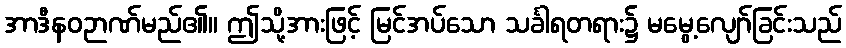
အာဒီနဝဉာဏ်မည်၏။ ဤသို့အားဖြင့် မြင်အပ်သော သင်္ခါရတရား၌ မမွေ့လျော်ခြင်းသည်